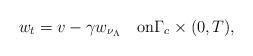
LaTeX: \begin{align*}w_t=v-\gamma w_{\nu_\Lambda}\quad\mbox{on}\Gamma_c\times(0,T),\end{align*}